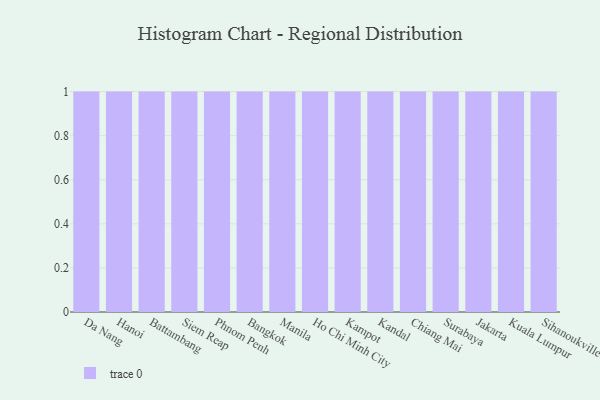
{"axis": {"x": "City", "y": "Market Share (%)"}, "legend": [""], "data": [{"x": "Da Nang", "y": 16, "type": ""}, {"x": "Hanoi", "y": 78, "type": ""}, {"x": "Battambang", "y": 7, "type": ""}, {"x": "Siem Reap", "y": 93, "type": ""}, {"x": "Phnom Penh", "y": 32, "type": ""}, {"x": "Bangkok", "y": 16, "type": ""}, {"x": "Manila", "y": 55, "type": ""}, {"x": "Ho Chi Minh City", "y": 23, "type": ""}, {"x": "Kampot", "y": 30, "type": ""}, {"x": "Kandal", "y": 72, "type": ""}, {"x": "Chiang Mai", "y": 37, "type": ""}, {"x": "Surabaya", "y": 27, "type": ""}, {"x": "Jakarta", "y": 69, "type": ""}, {"x": "Kuala Lumpur", "y": 4, "type": ""}, {"x": "Sihanoukville", "y": 55, "type": ""}]}